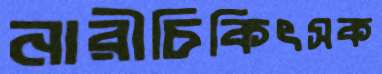
নারীচিকিৎসক